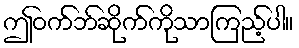
ဤဝက်ဘ်ဆိုက်ကိုသာကြည့်ပါ။